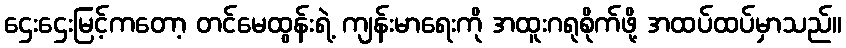
ဌေးဌေးမြင့်ကတော့ တင်မေထွန်းရဲ့ ကျန်းမာရေးကို အထူးဂရုစိုက်ဖို့ အထပ်ထပ်မှာသည်။